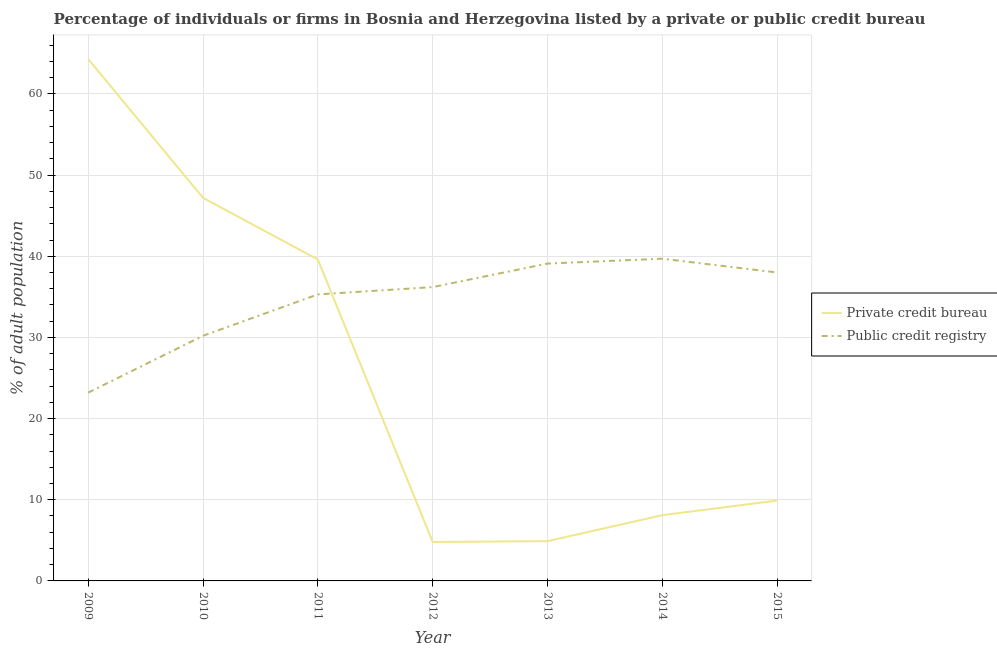
| Year | Private credit bureau | Public credit registry |
 | --- | --- | --- |
 | 2009 | 64.3 | 23.2 |
 | 2010 | 47.2 | 30.2 |
 | 2011 | 39.6 | 35.3 |
 | 2012 | 4.8 | 36.2 |
 | 2013 | 4.9 | 39.1 |
 | 2014 | 8.1 | 39.7 |
 | 2015 | 9.9 | 38 |